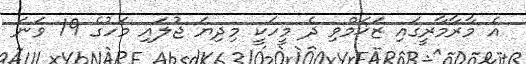
އެ މާރާމާރީގައި ޒަޚަމްވި ދެ މީހަކީ މިދިޔަ ޖުލައި މަހުގެ 19 ވަނަ